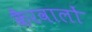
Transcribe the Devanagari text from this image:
कैरवालों